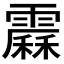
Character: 𩅩